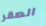
الصقر